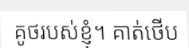
គូថរបស់ខ្ញុំ។ គាត់ថើប